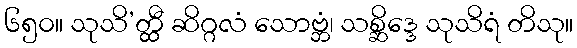
၆၅၀။ သုသိ’တ္ထီ ဆိဂ္ဂလံ သောဗ္ဘံ၊ သစ္ဆိဒ္ဒေ သုသိရံ တိသု။